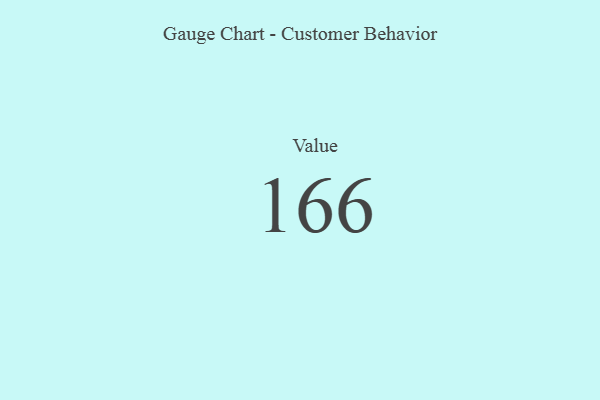
{"axis": {"x": "Metric", "y": "Value"}, "legend": [""], "data": [{"x": "Value", "y": 166, "type": ""}]}